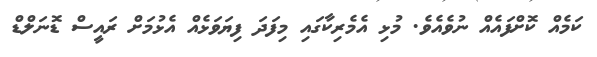
ކަމެއް ކޮށްފައެއް ނުވެއެވެ. މުޅި އެމެރިކާގައި މިފަދަ ފިޔަވަޅެއް އެޅުމަށް ރައީސް ޑޮނަލްޑް